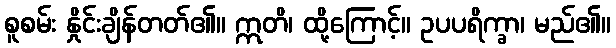
စူစမ်း နှိုင်းချိန်တတ်၏။ ဣတိ၊ ထို့ကြောင့်။ ဥပပရိက္ခာ၊ မည်၏။